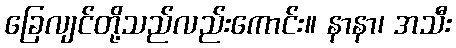
ခြေလျင်တို့သည်လည်းကောင်း။ နာနာ၊ အသီး